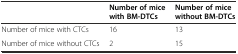
|  | Number of mice with BM-DTCs | Number of mice without BM-DTCs |
 | --- | --- | --- |
 | Number of mice with CTCs | 16 | 13 |
 | Number of mice without CTCs | 2 | 15 |